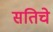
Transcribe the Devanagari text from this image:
सतिचे